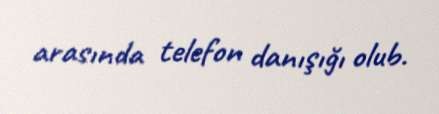
arasında telefon danışığı olub.